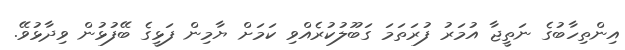
އިންތިހާބުގެ ނަތީޖާ އުމަރު ފުރަތަމަ ގަބޫލުކުރެއްވި ކަމަށް ޔާމިން ފަޅީގެ ބޭފުޅުން ވިދާޅުވޭ.